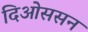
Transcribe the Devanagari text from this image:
दिओससन